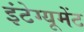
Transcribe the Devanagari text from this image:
इंटेग्यूमेंट